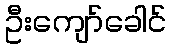
ဦးကျော်ခေါင်